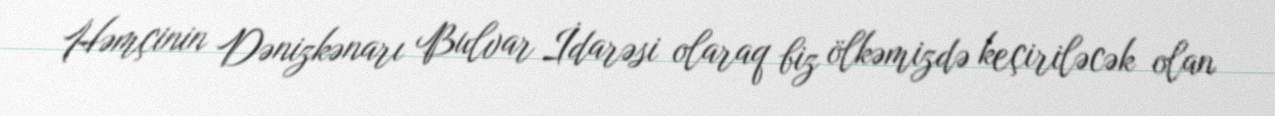
Həmçinin Dənizkənarı Bulvar İdarəsi olaraq biz ölkəmizdə keçiriləcək olan